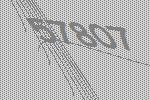
57807